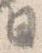
日